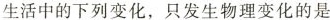
生活中的下列变化，只发生物理变化的是